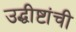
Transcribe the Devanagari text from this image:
उद्धीष्टांची